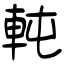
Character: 軘